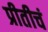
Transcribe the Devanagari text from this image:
प्रीतीचं